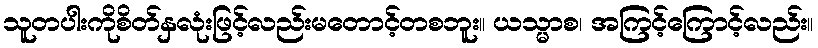
သူတပါးကိုစိတ်နှလုံးဖြင့်လည်းမတောင့်တစဘူး။ ယသ္မာစ၊ အကြင့်ကြောင့်လည်း။